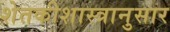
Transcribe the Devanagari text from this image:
शेतकीशास्त्रानुसार